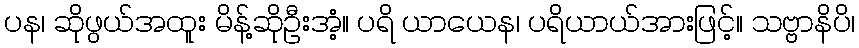
ပန၊ ဆိုဖွယ်အထူး မိန့်ဆိုဦးအံ့။ ပရိ ယာယေန၊ ပရိယာယ်အားဖြင့်။ သဗ္ဗာနိပိ၊